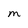
Character: M